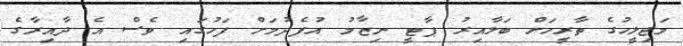
މަޖިލީހުގެ ތާރީހަށް ބަލާއިރު ޕާޓީ ނިޒާމު އުފެދުމަށް ފަހުގައި ވެސް އެ ދާއިރާގެ